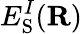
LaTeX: E_{\mathrm{S}}^{I}({\mathbf R})